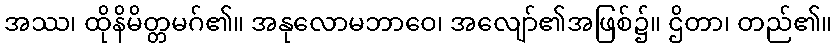
အဿ၊ ထိုနိမိတ္တမဂ်၏။ အနုလောမဘာဝေ၊ အလျော်၏အဖြစ်၌။ ဌိတာ၊ တည်၏။